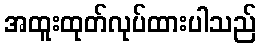
အထူးထုတ်လုပ်ထားပါသည်